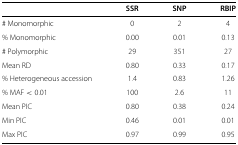
|  | SSR | SNP | RBIP |
 | --- | --- | --- | --- |
 | # Monomorphic | 0 | 2 | 4 |
 | % Monomorphic | 0.00 | 0.01 | 0.13 |
 | # Polymorphic | 29 | 351 | 27 |
 | Mean RD | 0.80 | 0.33 | 0.17 |
 | % Heterogeneous accession | 1.4 | 0.83 | 1.26 |
 | % MAF <0.01 | 100 | 2.6 | 11 |
 | Mean PIC | 0.80 | 0.38 | 0.24 |
 | Min PIC | 0.46 | 0.01 | 0.01 |
 | Max PIC | 0.97 | 0.99 | 0.95 |